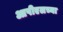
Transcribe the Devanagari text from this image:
आपीएलच्या